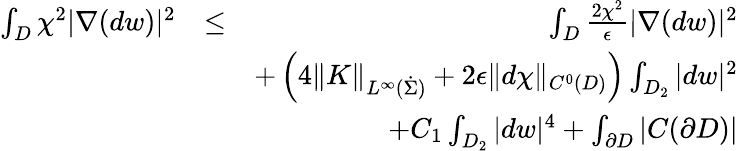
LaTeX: \begin{array}{rlr}{\int_{D}\chi^{2}|\nabla(dw)|^{2}}&{\leq}&{\int_{D}\frac{2\chi^{2}}{\epsilon}|\nabla(dw)|^{2}}\\ &{}&{+\left(4\| K\| _{L^{\infty}(\dot{\Sigma})}+2\epsilon\| d\chi\| _{C^{0}(D)}\right)\int_{D_{2}}|dw|^{2}}\\ &{}&{+C_{1}\int_{D_{2}}|dw|^{4}+\int_{\partial D}|C(\partial D)|}\end{array}